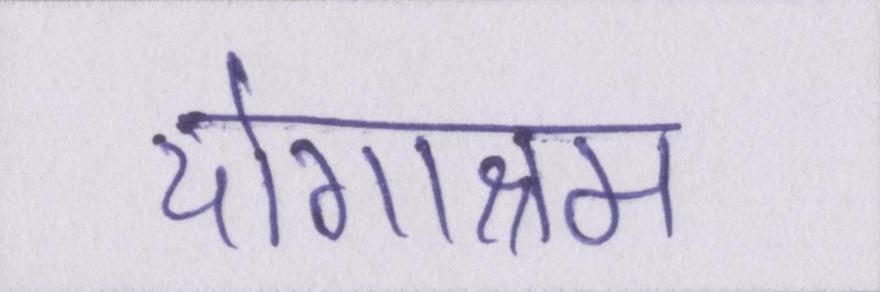
योगाश्रम